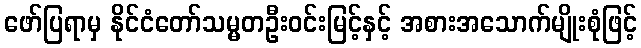
ဖော်ပြရာမှ နိုင်ငံတော်သမ္မတဦးဝင်းမြင့်နှင့် အစားအသောက်မျိုးစုံဖြင့်